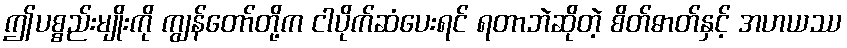
ဤပစ္စည်းမျိုးကို ကျွန်တော်တို့က ငါပိုက်ဆံပေးရင် ရတာဘဲဆိုတဲ့ စိတ်ဓာတ်နှင့် အဟယဿ